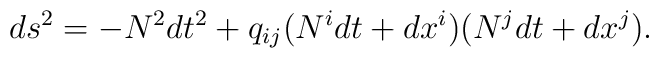
ds^{2}=-N^{2}dt^{2}+q_{ij}                (N^{i}dt+dx^{i})(N^{j}dt+dx^{j}).